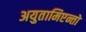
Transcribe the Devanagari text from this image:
अयुतामिएन्तो